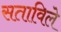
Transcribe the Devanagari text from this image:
सताविले